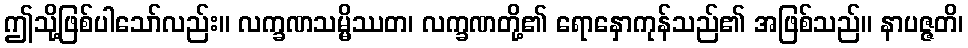
ဤသို့ဖြစ်ပါသော်လည်း။ လက္ခဏသမ္မိဿတ၊ လက္ခဏတို့၏ ရောနှောကုန်သည်၏ အဖြစ်သည်။ နာပဇ္ဇတိ၊